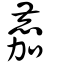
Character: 䴥